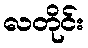
လတိုင်း